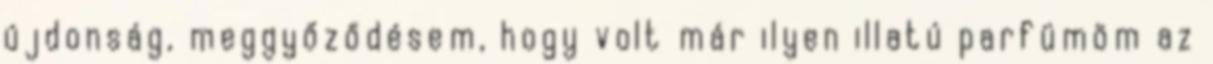
újdonság, meggyőződésem, hogy volt már ilyen illatú parfümöm az